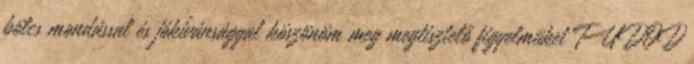
bölcs mondással és jókívánsággal köszönöm meg megtisztelő figyelmüket TUDOD